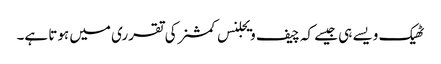
ٹھیک ویسے ہی جیسے کہ چیف ویجلنس کمشنر کی تقرری میں ہوتا ہے۔